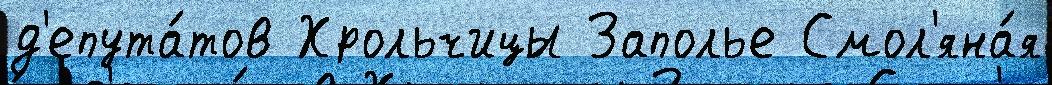
д'епута́тов Хрольчицы Заполье Смол'яна́я